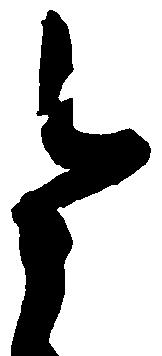
令